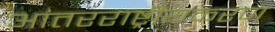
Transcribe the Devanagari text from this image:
आंतरराष्ट्रीयकरण